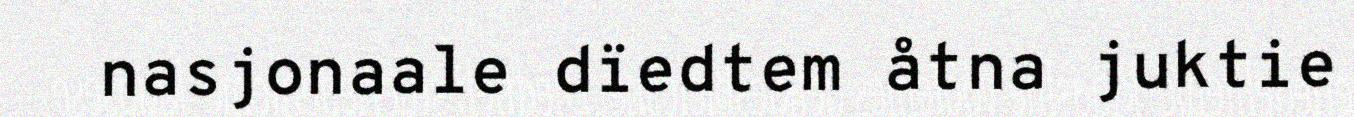
nasjonaale dïedtem åtna juktie